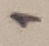
Text: 1